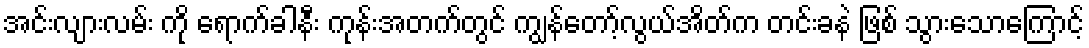
အင်းလျားလမ်း ကို ရောက်ခါနီး ကုန်းအတက်တွင် ကျွန်တော့်လွယ်အိတ်က တင်းခနဲ ဖြစ် သွားသောကြောင့်